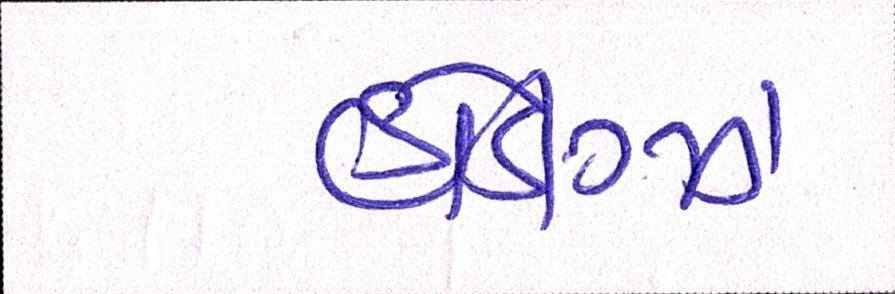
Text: હોડીગ્ઝ